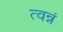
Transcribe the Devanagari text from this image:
त्वन्नं